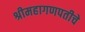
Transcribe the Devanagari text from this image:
श्रीमहागणपतीचे